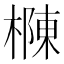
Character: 樄